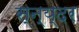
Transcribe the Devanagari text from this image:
स्न्य्दर